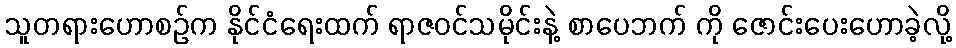
သူတရားဟောစဉ်က နိုင်ငံရေးထက် ရာဇဝင်သမိုင်းနဲ့ စာပေဘက် ကို ဇောင်းပေးဟောခဲ့လို့